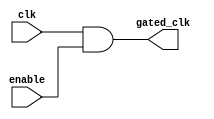
module clock_gating_cell (
    input wire clk,           // Main clock input
    input wire enable,        // Clock gating control signal
    output wire gated_clk     // Gated clock output
);
    assign gated_clk = clk & enable; // Gated clock is the main clock ANDed with the enable signal
endmodule